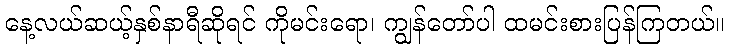
နေ့လယ်ဆယ့်နှစ်နာရီဆိုရင် ကိုမင်းရော၊ ကျွန်တော်ပါ ထမင်းစားပြန်ကြတယ်။